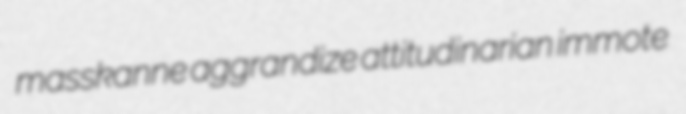
masskanne aggrandize attitudinarian immote